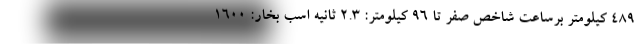
489 کیلومتر برساعت شاخص صفر تا 96 کیلومتر: 2.3 ثانیه اسب بخار: 1600